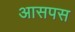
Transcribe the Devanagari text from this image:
आसपस